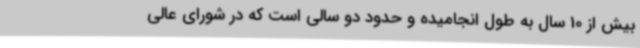
بیش از 10 سال به طول انجامیده و حدود دو سالی است که در شورای عالی